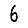
Digit: 6